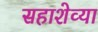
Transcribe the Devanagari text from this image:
सहाशेव्या